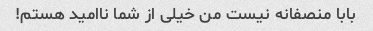
بابا منصفانه نیست من خیلی از شما ناامید هستم!